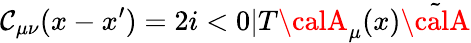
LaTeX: \mathcal{C}_{\mu\nu}(x-x^{\prime})=2i<0|T{\calA}_{\mu}(x)\tilde{{{\calA}}}